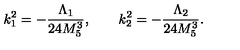
k _ { 1 } ^ { 2 } = - \frac { \Lambda _ { 1 } } { 2 4 M _ { 5 } ^ { 3 } } , \qquad k _ { 2 } ^ { 2 } = - \frac { \Lambda _ { 2 } } { 2 4 M _ { 5 } ^ { 3 } } .